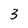
Character: 3